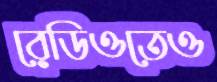
রেডিওতেও